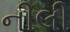
નીલી